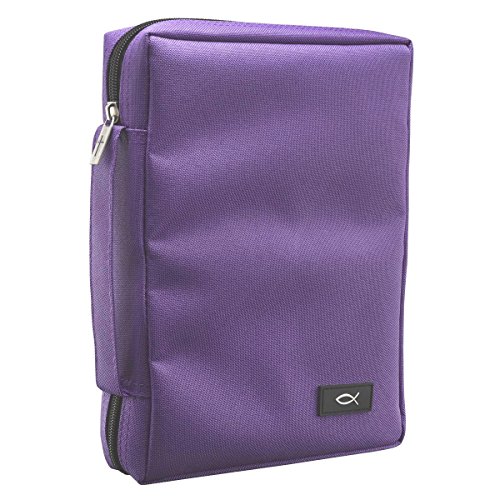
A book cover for Promo Poly-Canvas Bible / Book Cover w/Fish Applique (Medium, Dahlia Purple); Christian Art Gfits; Crafts, Hobbies & Home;